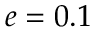
e = 0 . 1